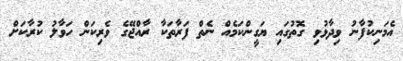
އެމަނިކުފާނު ވިދާޅުވި ގޮތުގައި ޔަގީންކަމެއް ނެތް ފަރާތަކާ ރާއްޖޭގެ ވެރިކަން ހަވާލު ކުރާކަށް